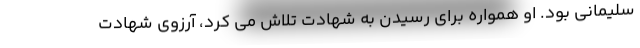
سلیمانی بود. او همواره برای رسیدن به شهادت تلاش می کرد، آرزوی شهادت